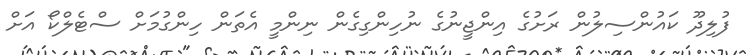
ފުލިދޫ ކައުންސިލުން ރަށުގެ އިންޖީނުގެ ނުހިންގިގެން ނިންމީ އެތަން ހިންގުމަށް ސްޓެލްކޯ އަށް